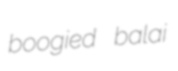
boogied balai